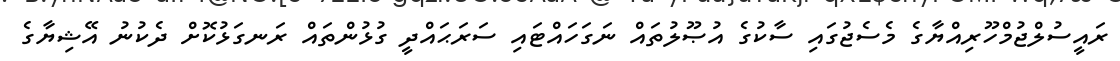
ރައީސުލްޖުމްހޫރިއްޔާގެ މެސެޖުގައި ސާކުގެ އުޞޫލުތައް ނަގަހައްޓައި ސަރަޙައްދީ ގުޅުންތައް ރަނގަޅުކޮށް ދެކުނު އޭޝިޔާގެ